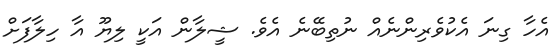
އެހާ ގިނަ އެކުވެރިންނެއް ނުތިބޭނެ އެވެ. ޝީލާން އަކީ ލިޔޫ އާ ހިލާފަށް